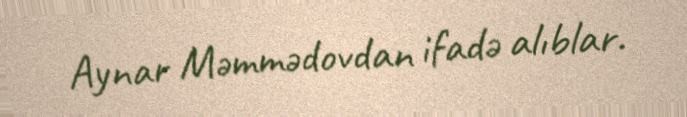
Aynar Məmmədovdan ifadə alıblar.